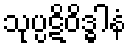
သုပ္ပဋိဝိဒ္ဓါနံ